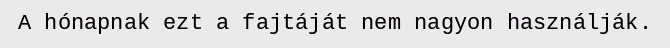
A hónapnak ezt a fajtáját nem nagyon használják.